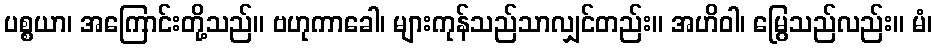
ပစ္စယာ၊ အကြောင်းတို့သည်။ ဗဟုကာခေါ၊ များကုန်သည်သာလျှင်တည်း။ အဟိဝါ၊ မြွေသည်လည်း။ မံ၊